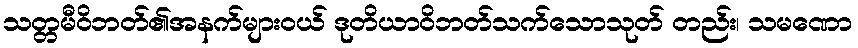
သတ္တမီဝိဘတ်၏အနက်များဝယ် ဒုတိယာဝိဘတ်သက်သောသုတ် တည်း၊ သမဏော